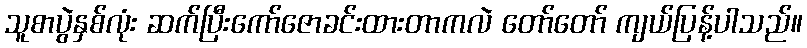
သူစာပွဲနှစ်လုံး ဆက်ပြီးကော်ဇောခင်းထားတာကလဲ တော်တော် ကျယ်ပြန့်ပါသည်။